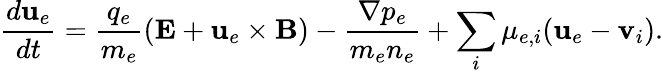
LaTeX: \frac{d\textbf{u}_{e}}{dt}=\frac{q_{e}}{m_{e}}(\textbf{E}+\textbf{u}_{e}\times\textbf{B})-\frac{\nabla p_{e}}{m_{e}n_{e}}+\sum_{i}\mu_{e,i}(\textbf{u}_{e}-\textbf{v}_{i}).